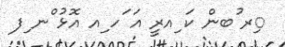
ިރ ުބން ކަ ިއރީ އަ ަހ ިއ އޮޅު ްނ ިފ